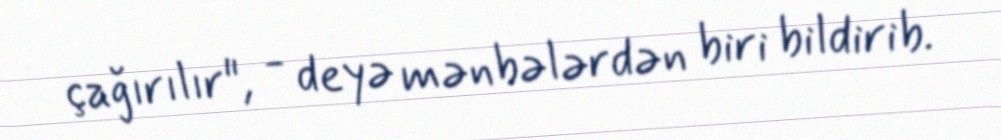
çağırılır", - deyə mənbələrdən biri bildirib.